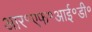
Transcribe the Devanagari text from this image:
आर॰एफ॰आई॰डी॰